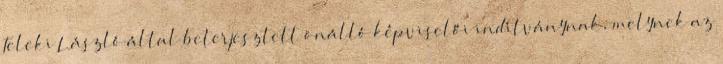
Teleki László által beterjesztett önálló képviselői indítványnak, melynek az